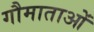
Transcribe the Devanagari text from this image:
गौमाताओं